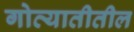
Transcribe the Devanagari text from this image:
गोव्यातीतील